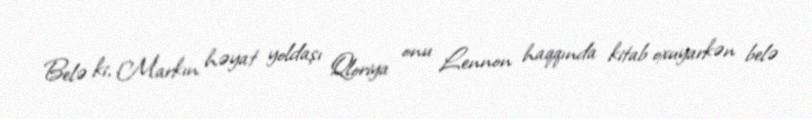
Belə ki, Markın həyat yoldaşı Qloriya onu Lennon haqqında kitab oxuyarkən belə